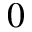
0